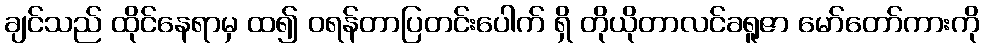
ချင်သည် ထိုင်နေရာမှ ထ၍ ဝရန်တာပြတင်းပေါက် ရှိ တိုယိုတာလင်ခရူဇာ မော်တော်ကားကို